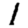
Digit: 1